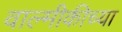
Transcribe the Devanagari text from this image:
वाल्मीकीच्या